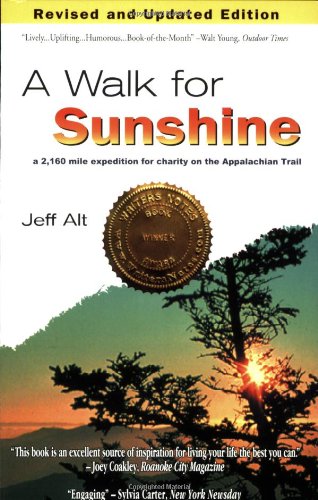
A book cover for A Walk for Sunshine: A 2,160 Mile Expedition for Charity on the Appalachian Trail, 2nd Edition; Jeff Alt; Travel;